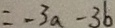
= - 3 a - 3 b